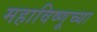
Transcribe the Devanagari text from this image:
महाविष्णूच्या